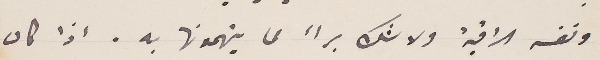
ونفسه الراقية ولا شك برأ مما يتهمونها به. اذا كان